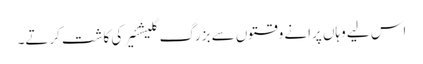
اس لیے وہاں پرانے وقتوں سے بزرگ گلیشئیر کی کاشت کرتے۔